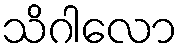
သိဂါလော